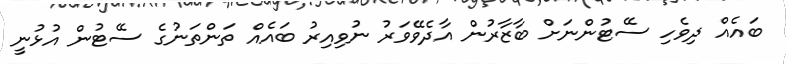
ބައެއް ދިވެހި ސޭޓުންނަށް ބާޒާރުން އާދެވޭވަރު ނުވިއިރު ބައެއް ތަންތަނުގެ ސޭޓުން އުޅުނީ